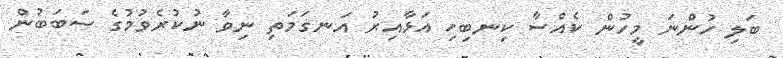
ބަލި ހުންނަ މީހުން ކެއްސާ ކިނބިހި އަޅާއިރު އަނގަމަތި ނިވާ ނުކުރެވުމުގެ ސަބަބުން